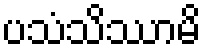
ပသံသိဿာမိ